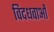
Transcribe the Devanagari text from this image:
विदधवाओं